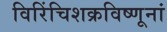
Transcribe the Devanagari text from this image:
विरिंचिशक्रविष्णूनां